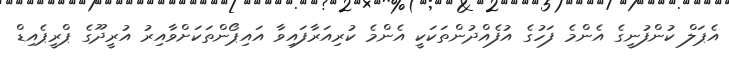
އެޕަލް ކުންފުނީގެ އެންމެ ފަހުގެ އުފެއްދުންތަކަކީ އެންމެ ކުރިއަރާފައިވާ އައިޕޯންތަަކަށްވާއިރު އުރީދޫގެ ޕްރީޕެއިޑް